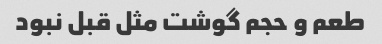
طعم و حجم گوشت مثل قبل نبود